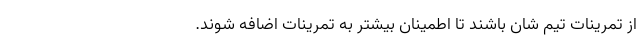
از تمرینات تیم شان باشند تا اطمینان بیشتر به تمرینات اضافه شوند.